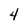
Character: 4